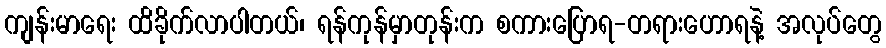
ကျန်းမာရေး ထိခိုက်လာပါတယ်၊ ရန်ကုန်မှာတုန်းက စကားပြောရ-တရားဟောရနဲ့ အလုပ်တွေ